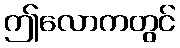
ဤလောကတွင်